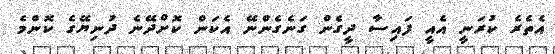
އެތެރެ ކުރަނީ އެއީ ފައިސާ ދީގެން ގަނެގެންނޭ އެކަން ކޮށްދޭނެ ދުނިޔޭގެ ކޮންމެ